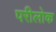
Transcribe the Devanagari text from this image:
परीलोक